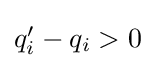
{\textstyle q_{i}'-q_{i}>0}